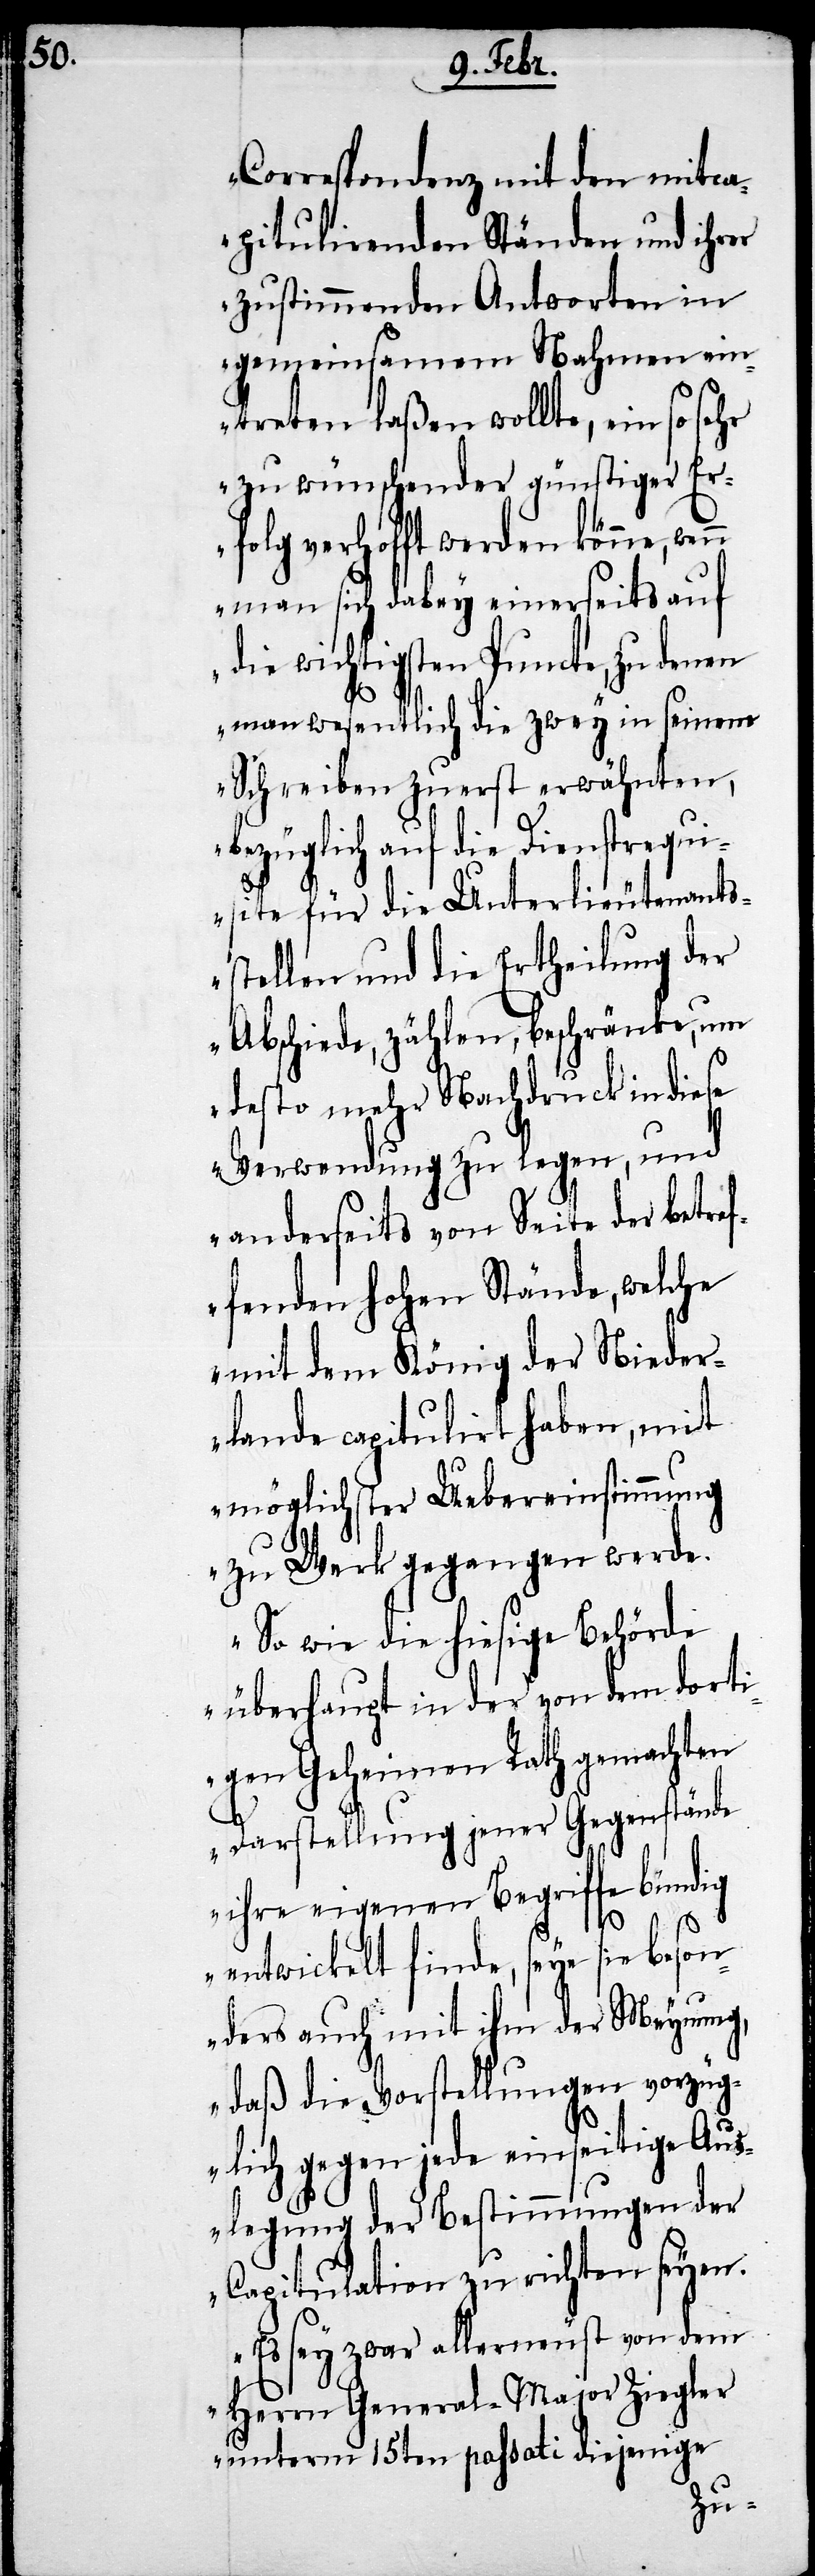
Correspondenz mit den mitca¬
pitulirenden Ständen und ihrer
zustimmenden Antworten in
gemeinsamen Nahmen ein¬
treten laßen wollte, ein so sehr
zu wünschender günstiger Er¬
folg verhofft werden könne, wen¬
n man sich dabey einerseits auf
die wichtigsten Puncte, zu denen
man wesentlich die zwey in seinem
Schreiben zuerst erwähnten,
bezüglich auf die Dienstrequi¬
site für die Unterlieutenants¬
stellen und die Ertheilung der
Abschiede, zählen, beschränke, um
desto mehr Nachdruck in diese
Verwendung zu legen, und
anderseits von Seite der betref¬
fenden hohen Stände, welche
mit dem König der Nieder¬
lande capitulirt haben, mit
möglichster Uebereinstimmung
zu Werk gegangen werde.
So wie die hiesige Behörde
überhaupt in der von dem dorti¬
gen Geheimen Rath gemachten
Darstellung jener Gegenstände
ihre eigenen Begriffe bündig
entwickelt finde, seye sie beson¬
ders auch mit ihm der Meynung,
daß die Vorstellungen vorzüg¬
lich gegen jede einseitige Aus¬
legung der Bestimmungen der
Capitulation zu richten seyen.
Es sey zwar allerneust von dem
Herrn General-Major Ziegler
unterm 15ten passati diejenige